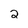
Character: 2